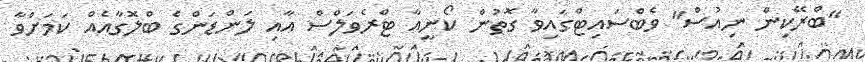
"ބްރޭކިން ނިއުސް" ވެބްސައިޓްގައިވާ ގޮތުން ކޯނީއާ ޓްރެވަލްސް އާއި ލަންޑަންގެ ބްލޮގާއެއް ކަމަށްވާ